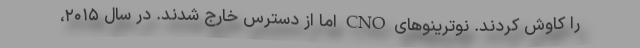
را کاوش کردند. نوترینوهای CNO اما از دسترس خارج شدند. در سال ۲۰۱۵،